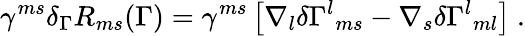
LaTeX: \gamma^{ms}\delta_{\Gamma}R_{ms}(\Gamma)=\gamma^{ms}\left[\nabla_{l}\delta\Gamma^{l}{}_{ms}-\nabla_{s}\delta\Gamma^{l}{}_{ml}\right]\ .